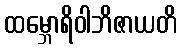
ထမ္ဘောရိဝါဘိဇာယတိ